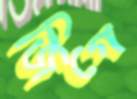
জিগে